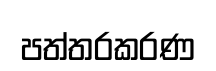
පත්තරකරණ